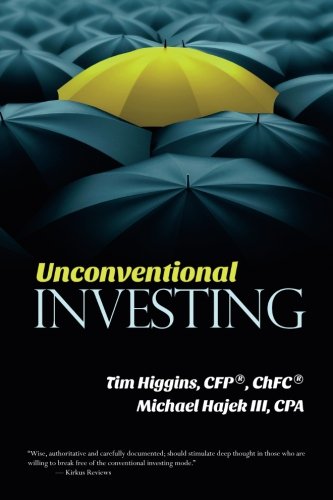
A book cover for Unconventional Investing: Alternative Strategies Beyond Just Stocks & Bonds and Buy & Hold; Tim Higgins; Business & Money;